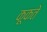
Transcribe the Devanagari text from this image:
कूकते